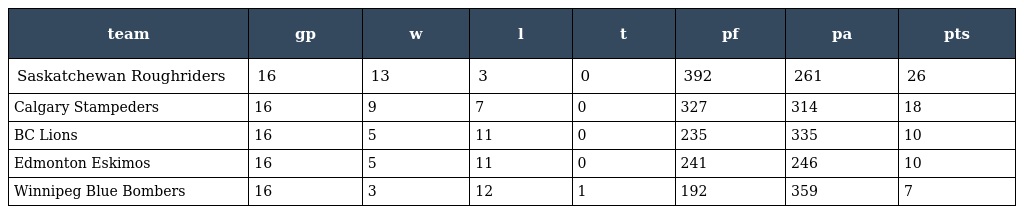
| team | gp | w | l | t | pf | pa | pts |
 | --- | --- | --- | --- | --- | --- | --- | --- |
 | Saskatchewan Roughriders | 16 | 13 | 3 | 0 | 392 | 261 | 26 |
 | Calgary Stampeders | 16 | 9 | 7 | 0 | 327 | 314 | 18 |
 | BC Lions | 16 | 5 | 11 | 0 | 235 | 335 | 10 |
 | Edmonton Eskimos | 16 | 5 | 11 | 0 | 241 | 246 | 10 |
 | Winnipeg Blue Bombers | 16 | 3 | 12 | 1 | 192 | 359 | 7 |